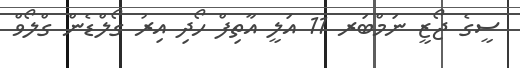
ސީގެ ޖޯޒީ ނަމްބަރ 11 އަލީ އާތިފް ހޯދި އިރު ގޯލްޑެން ގްލޯވް